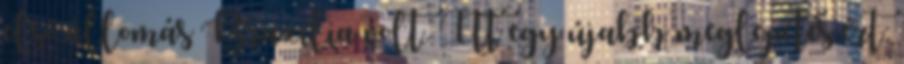
első állomás Brazília volt. Itt egy újabb meglepetés ért: